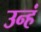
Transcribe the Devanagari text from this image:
उन्हं